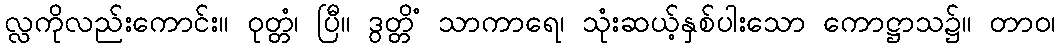
လ္လကိုလည်းကောင်း။ ဝုတ္တံ၊ ပြီ။ ဒွတ္တိံ သာကာရေ၊ သုံးဆယ့်နှစ်ပါးသော ကောဋ္ဌာသ၌။ တာဝ၊